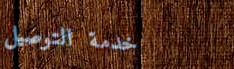
خدمة التوصيل